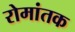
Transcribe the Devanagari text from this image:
रोमांतक